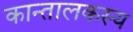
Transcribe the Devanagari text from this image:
कान्तालकस्य